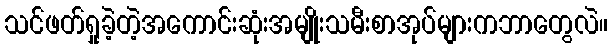
သင်ဖတ်ရှုခဲ့တဲ့အကောင်းဆုံးအမျိုးသမီးစာအုပ်များကဘာတွေလဲ။